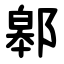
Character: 䣗